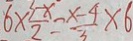
6 \times \frac { 3 - x } { 2 } = \frac { x - 4 } { 3 } \times 6